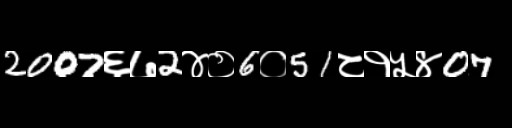
Text: 2007६७2४०6०51८१५४07